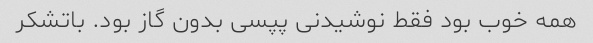
همه خوب بود فقط نوشیدنی پپسی بدون گاز بود. باتشکر